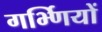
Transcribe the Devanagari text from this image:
गर्भ्णियों